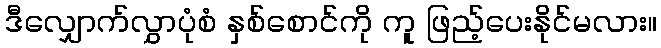
ဒီလျှောက်လွှာပုံစံ နှစ်စောင်ကို ကူ ဖြည့်ပေးနိုင်မလား။